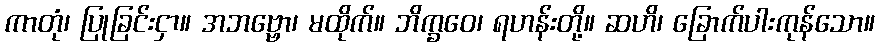
ကာတုံ၊ ပြုခြင်းငှာ။ အဘဗ္ဗော၊ မထိုက်။ ဘိက္ခဝေ၊ ရဟန်းတို့။ ဆဟိ၊ ခြောက်ပါးကုန်သော။